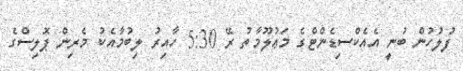
ފުލުހުން ބުނީ އެއެކްސިޑެންޓްގެ މަޢުލޫމާތު ރޭ 5:30 ހާއިރު ލިބުމާއެކު މެރިން ޕޮލިސްގެ